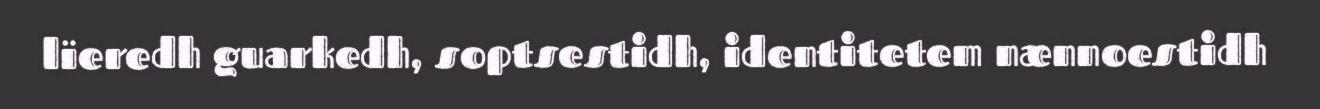
lïeredh guarkedh, soptsestidh, identitetem nænnoestidh